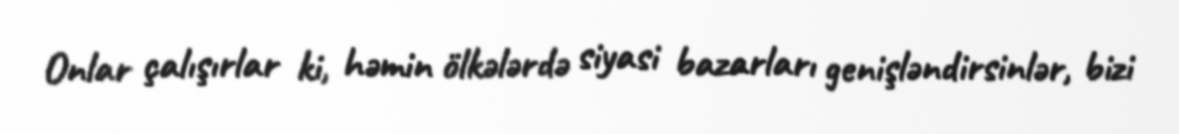
Onlar çalışırlar ki, həmin ölkələrdə siyasi bazarları genişləndirsinlər, bizi